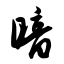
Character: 暗